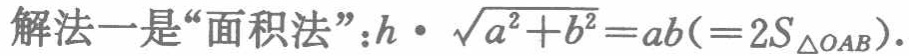
解法一是“面积法”：\(h\cdot \sqrt{a^{2}+b^{2}} = ab(=2S_{\triangle OAB})\)